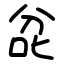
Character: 兺